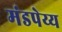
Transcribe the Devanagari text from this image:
मंडपेय्य